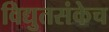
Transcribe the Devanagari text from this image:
विद्युतसंकेच